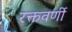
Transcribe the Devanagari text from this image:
रक्तवर्णी